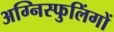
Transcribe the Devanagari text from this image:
अग्निस्फुलिंगों